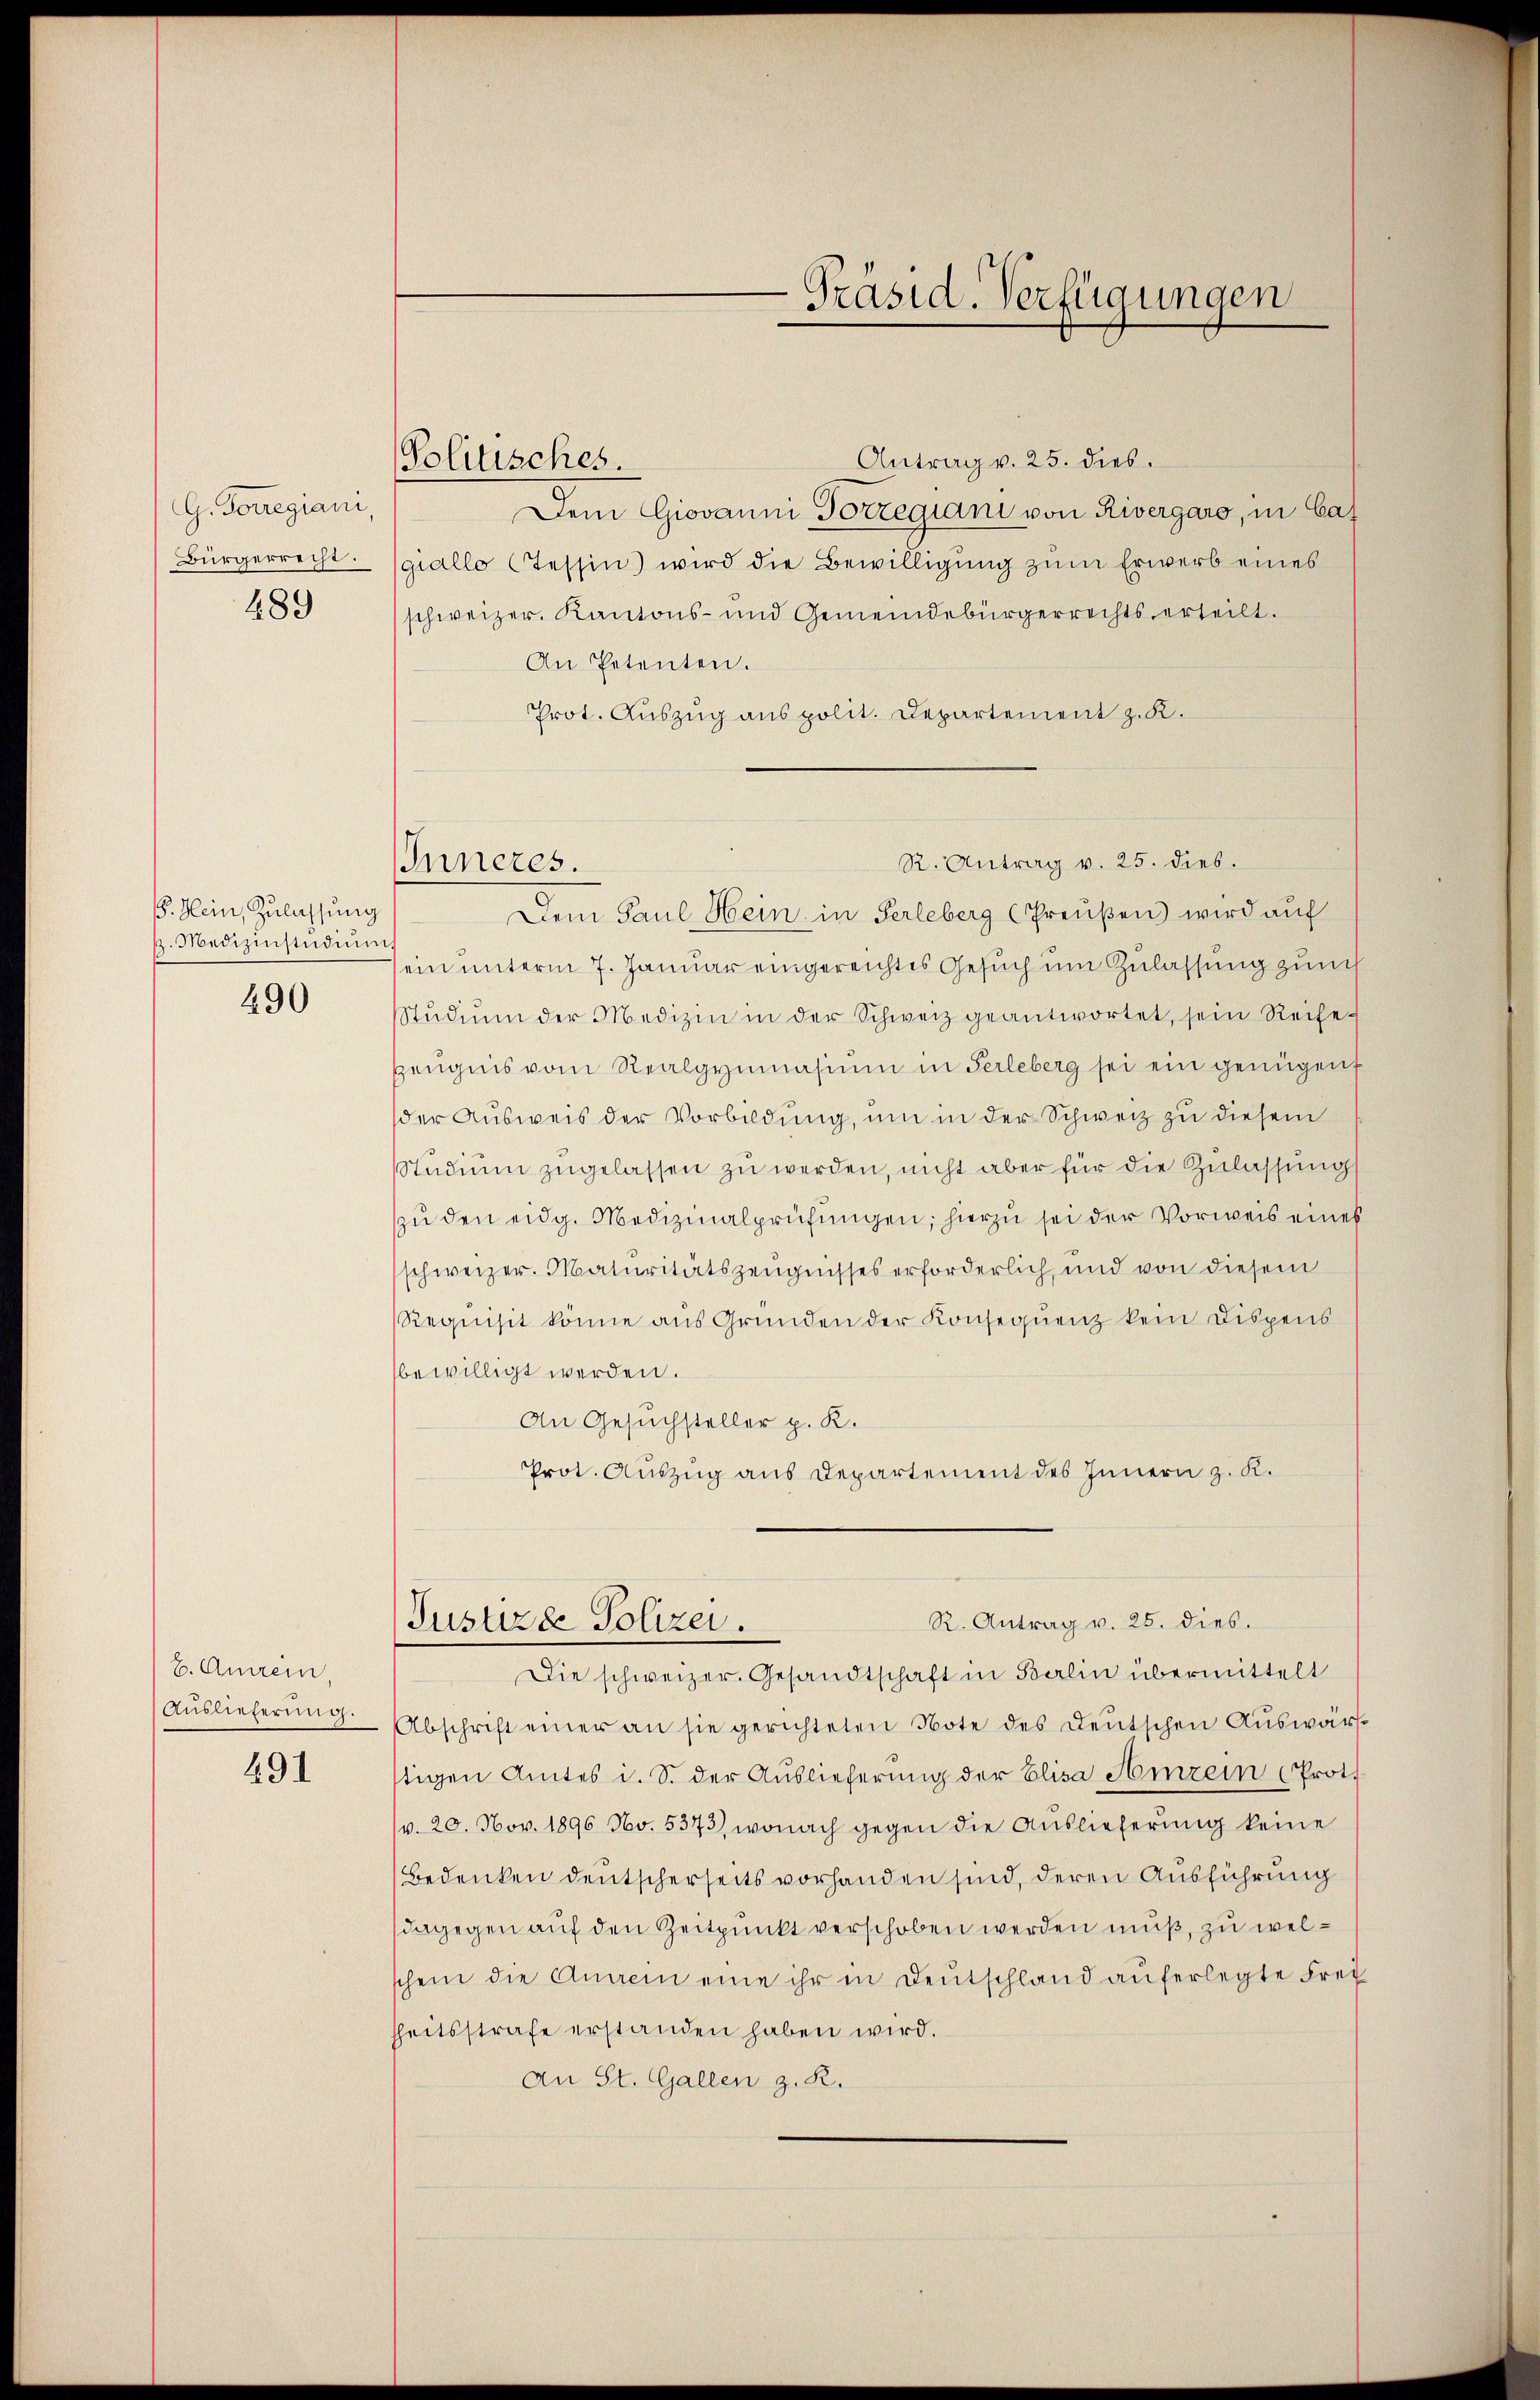
G. Forregiani
Bürgerrecht.
489

B. Hein, Zulassung
h. Medizinstudium
490

b. Anein
Auslieferung.

491

Politisches.

Antrag v. 25. dies
Dem Giovanni Vorregiani von Rivergaro, in Cas
giallo (Tessin) wird die Bewilligung zum Erwerb eines
schweizer. Kantons- und Gemeindebürgerrechts erteilt.
An Petenten.
Prot. Auszug aus polit. Departement z. K.

Inneres.

Präsid. Verfügungen

R. Antrag v. 25. dies.
Justizde Polizei.

R. Antrag v. 25. dies.

Dem Paul Hein, in Perleberg (Preußen wird auf
ein unterm 7. Januar eingereichtes Gesuch um Zulassung zurch
Stŭdiŭm der Medizin in der Schweiz geantwortet, sein Reihe-
zeŭgnis vom Realgymnasiŭm in Perleberg sei ein genügen
der Aŭsweis der Vorbildŭng, um in der Schweiz zu diesem
Studium zugelassen zu werden, nicht aber für die Zulassung
zu den eidg. Medizinalprüfungen; hierzu sei der Vorweis eines
schweizer. Maturitätszeugnisses erforderlich, und von diesem
Requisit könne aus Gründen der Konsequenz kein Dispens
bewilligt werden.
An Gesuchsteller p. K.
Prot. Auszug aus Departement des Innern z. K.

Die schweizer. Gesandtschaft in Balin übermittelt
Abschrift einer an sie gerichteten Note des Deutschen Auswärstigen Amtes i. S. der Auslieferung der Elisa Aizein (Prot
(v. 20. Nov. 1896 No. 5373), wonach gegen die Auslieferung keine
Bedenken deutscherseits vorhanden sind, deren Ausführung
dagegen auf den Zeitpunkt verschoben werden muß, zu welschein die Anein eine ihr in Deutschland auferlegte Frei
hheitsstrafe erstanden haben wird.
An St. Gallen z. R.